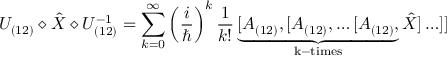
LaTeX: U _ { ( 1 2 ) } \diamond \hat { X } \diamond U _ { ( 1 2 ) } ^ { - 1 } = \sum _ { k = 0 } ^ { \infty } \left( \frac { i } { \hbar } \right) ^ { k } \frac { 1 } { k ! } \underbrace { [ A _ { ( 1 2 ) } , [ A _ { ( 1 2 ) } , \ldots [ A _ { ( 1 2 ) } , } _ { \mathrm { k - t i m e s } } \hat { X } ] \ldots ] ]